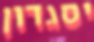
יסגדון